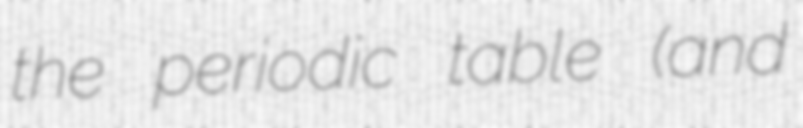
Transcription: the periodic table (and